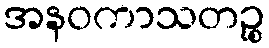
အနဝကာသတဉ္စ